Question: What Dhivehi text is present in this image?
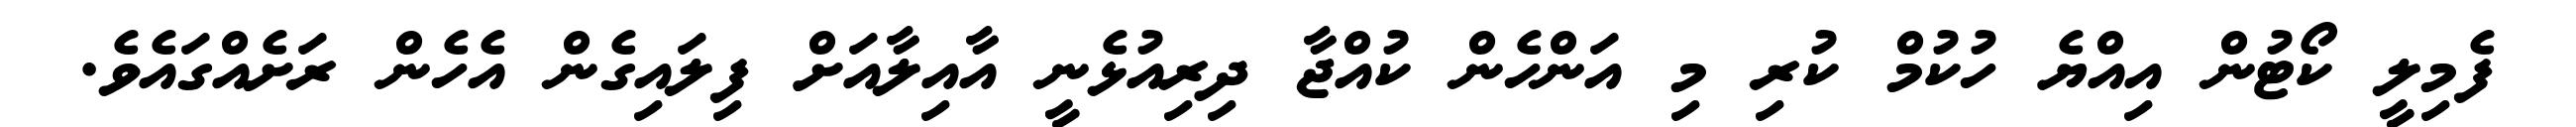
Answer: ފެމިލީ ކޯޓުން އިއްޔެ ހުކުމް ކުރި މި އަންހެން ކުއްޖާ ދިރިއުޅެނީ އާއިލާއަށް ފިލައިގެން އެހެން ރަށެއްގައެވެ.